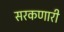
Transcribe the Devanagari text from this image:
सरकणारी